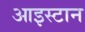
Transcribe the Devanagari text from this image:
आइस्टान